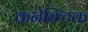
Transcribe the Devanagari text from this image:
कनेक्टिक